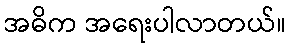
အဓိက အရေးပါလာတယ်။